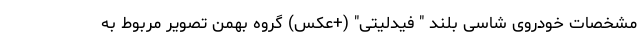
مشخصات خودروی شاسی بلند " فیدلیتی" (+عکس) گروه بهمن تصویر مربوط به